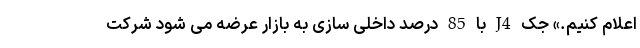
اعلام کنیم.» جک J4 با 85 درصد داخلی سازی به بازار عرضه می شود شرکت